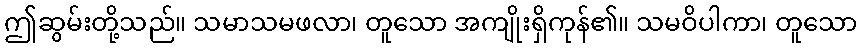
ဤဆွမ်းတို့သည်။ သမာသမဖလာ၊ တူသော အကျိုးရှိကုန်၏။ သမဝိပါကာ၊ တူသော